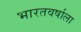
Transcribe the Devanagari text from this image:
भारतवर्षाला